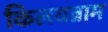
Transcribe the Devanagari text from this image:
किलयन्नाम